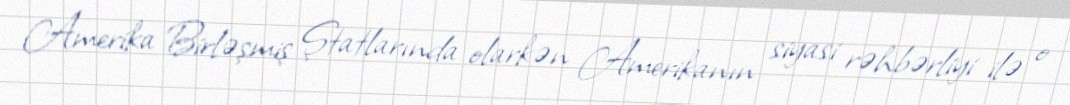
Amerika Birləşmiş Ştatlarında olarkən Amerikanın siyasi rəhbərliyi ilə o